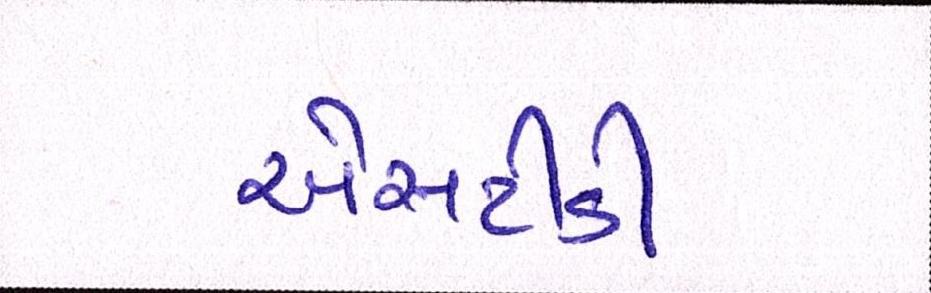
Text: એસટીડી